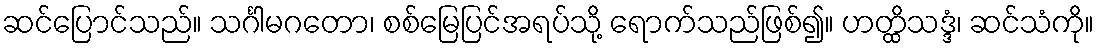
ဆင်ပြောင်သည်။ သင်္ဂါမဂတော၊ စစ်မြေပြင်အရပ်သို့ ရောက်သည်ဖြစ်၍။ ဟတ္ထိသဒ္ဒံ၊ ဆင်သံကို။